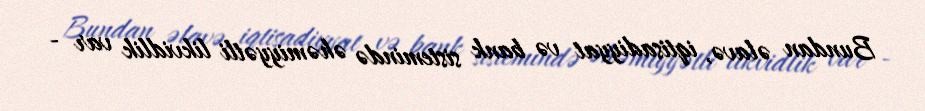
Bundan əlavə, iqtisadiyyat və bank sistemində əhəmiyyətli likvidlik var -